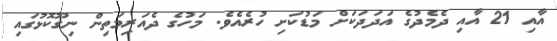
އާއި 21 އާއި ދެމެދުގެ އަދަދަކަށް މަޑުކަށި ހުރެއެވެ. މަހުގެ ދެއަރިމަތިން ނިގޫކޮޅުގައި